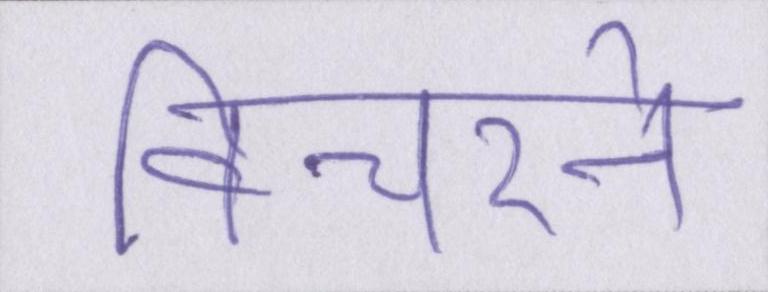
विचरने